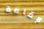
لإقامة